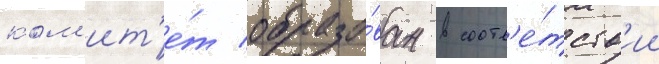
ком'ит'е́т образо́ван в соотв'е́тств'ии